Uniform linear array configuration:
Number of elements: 48
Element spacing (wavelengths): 0.75
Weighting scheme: hann
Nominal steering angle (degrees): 15
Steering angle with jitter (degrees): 14.885
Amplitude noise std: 0.05
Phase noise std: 0.05

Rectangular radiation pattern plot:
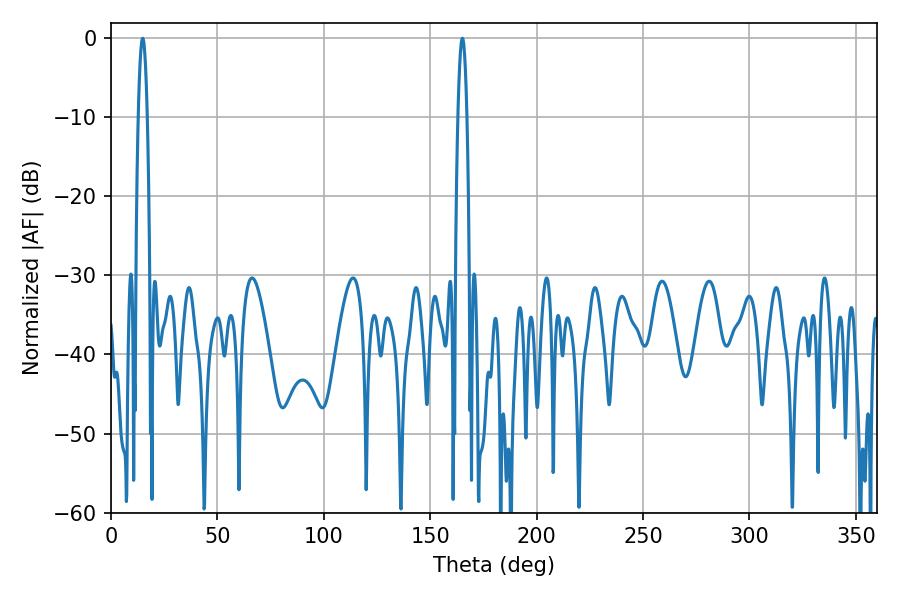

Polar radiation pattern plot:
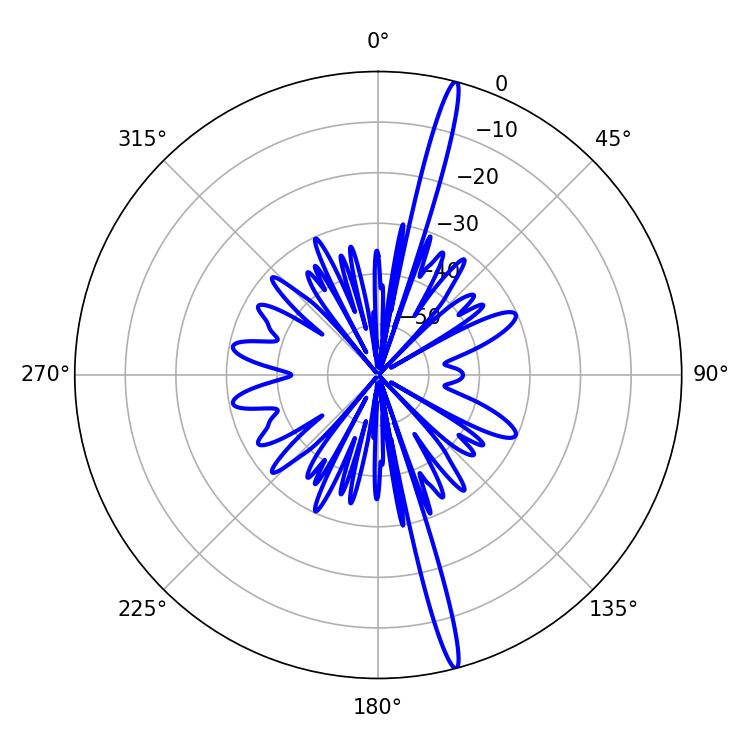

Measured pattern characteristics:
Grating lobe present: TRUE
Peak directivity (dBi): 19.444
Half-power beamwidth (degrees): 2.34
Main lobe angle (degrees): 165.06